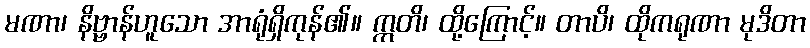
မဏာ၊ နိဗ္ဗာန်ဟူသော အာရုံရှိကုန်၏။ ဣတိ၊ ထို့ကြောင့်။ တာပိ၊ ထိုကရုဏာ မုဒိတာ